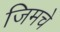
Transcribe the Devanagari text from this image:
जिमचे